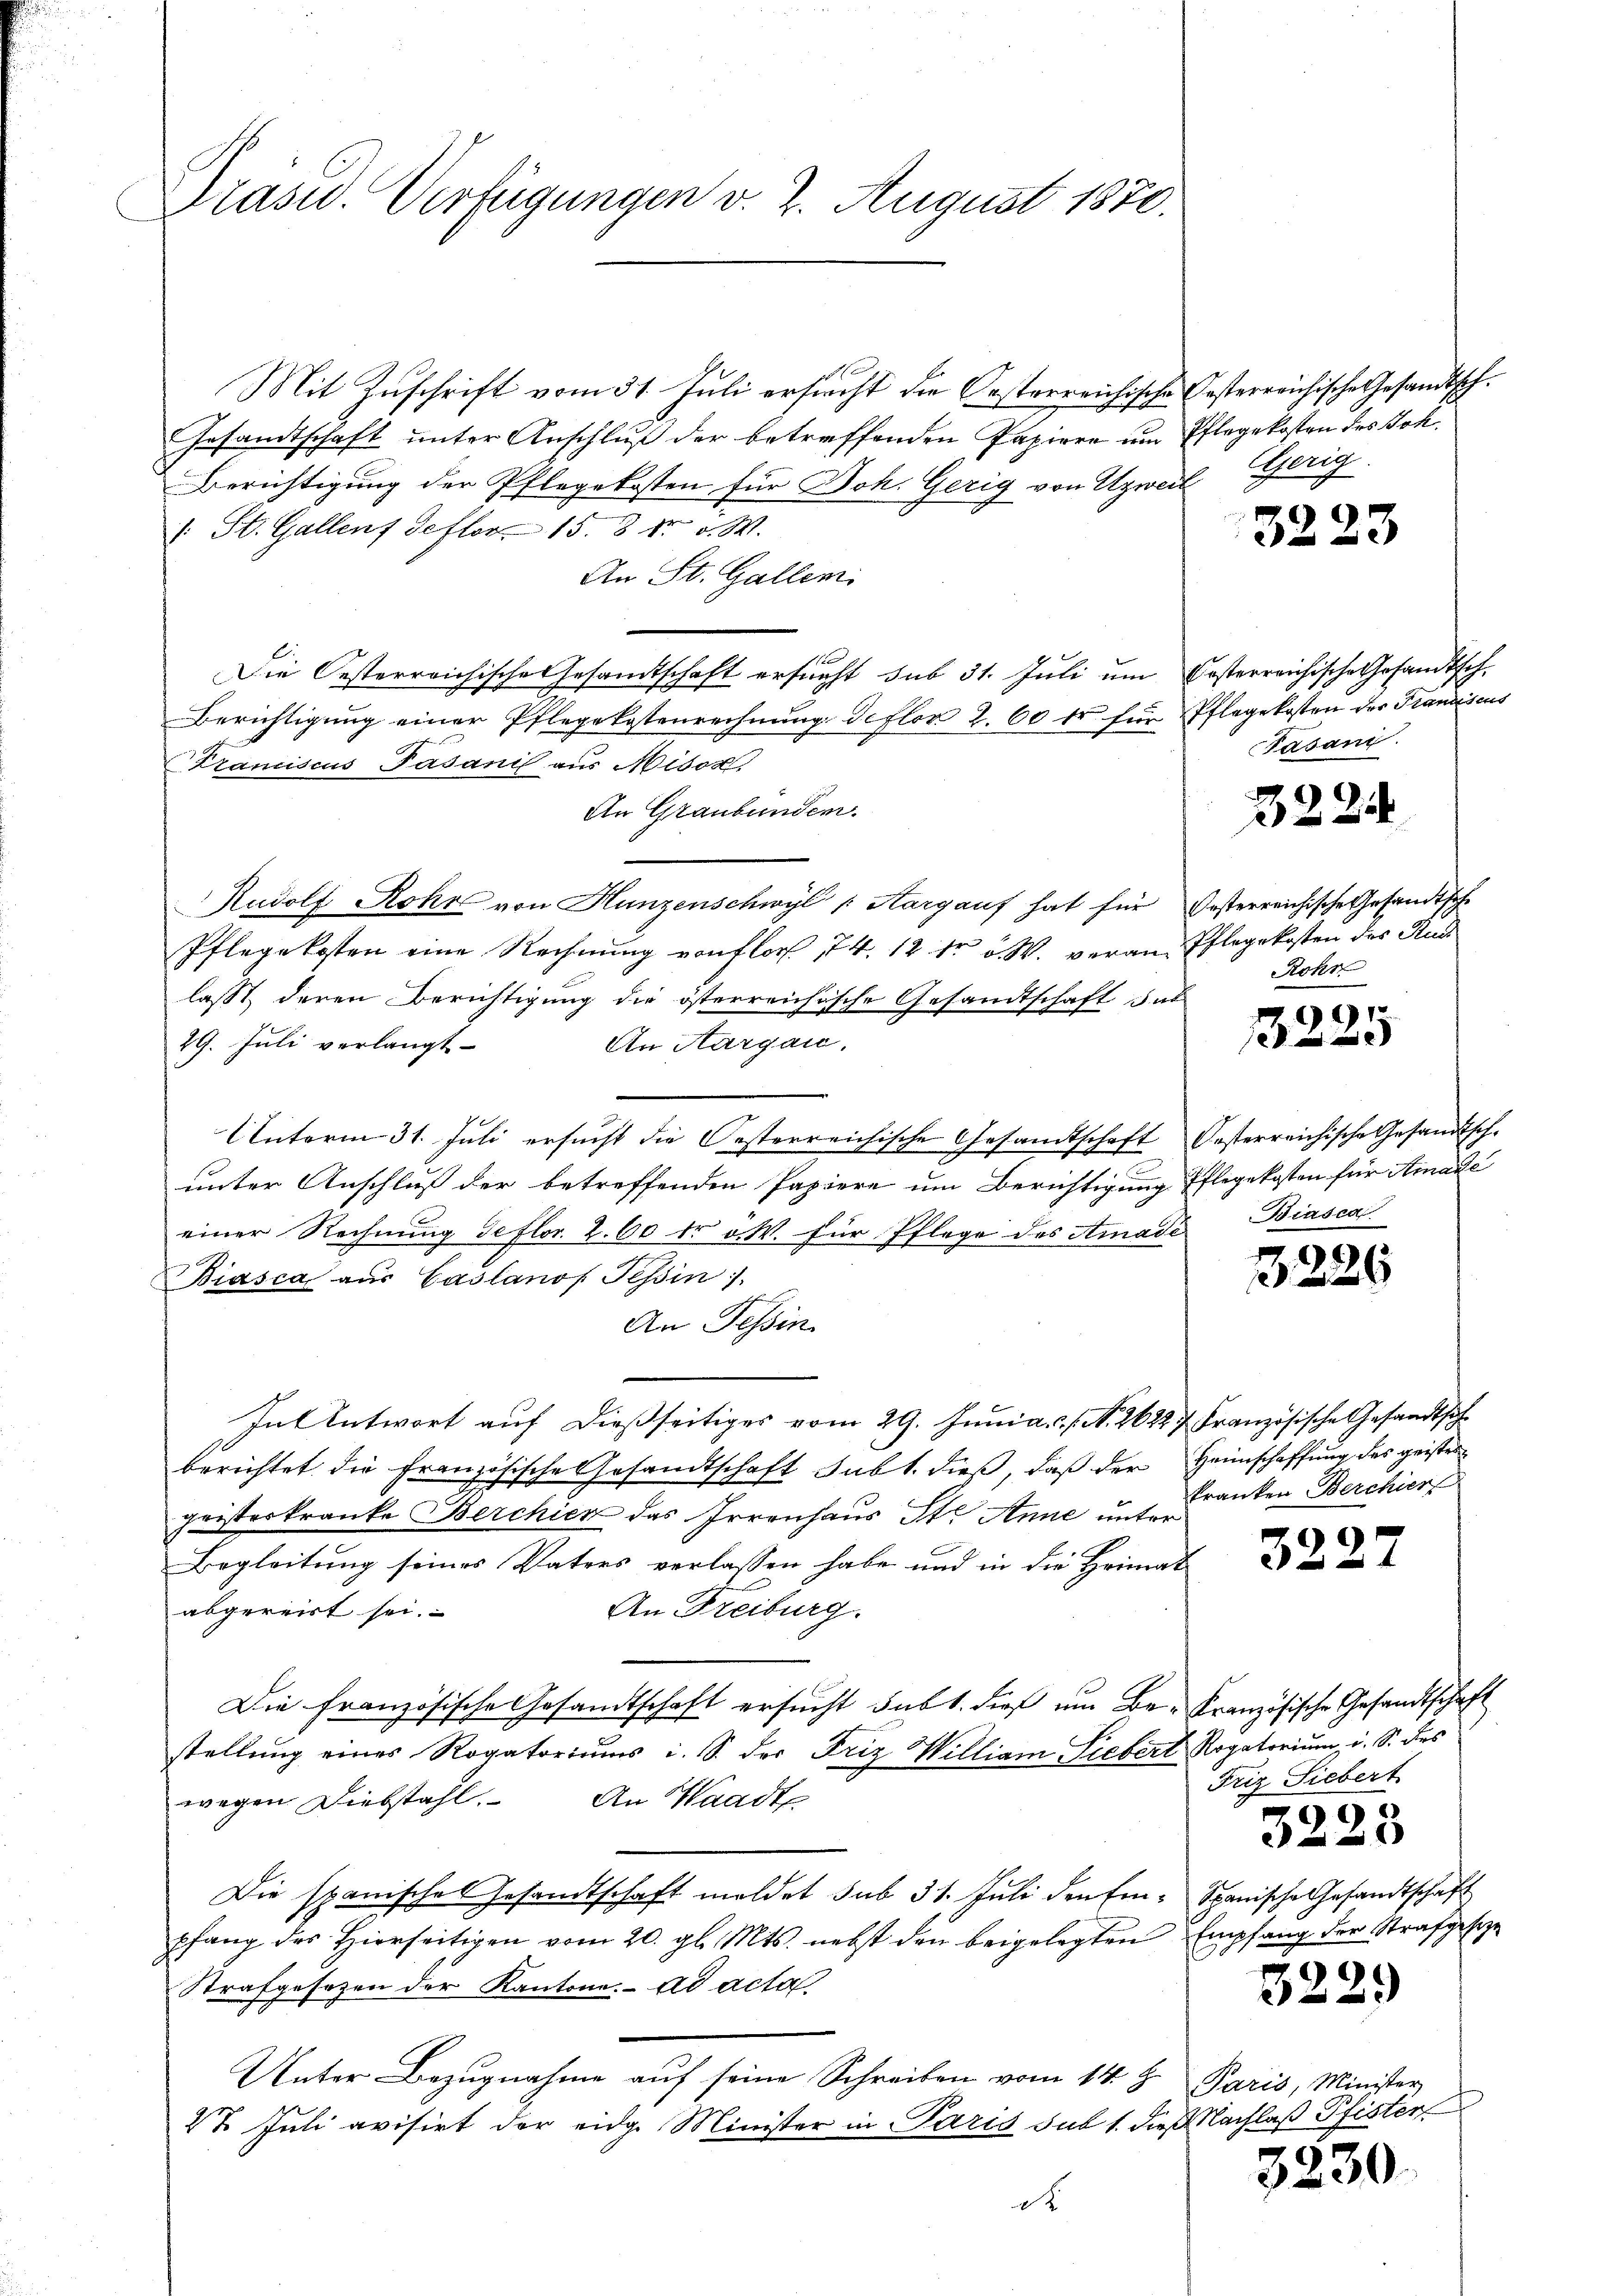
Präsid. Verfügungen v. 2. August 1870.

Mit Zuschrift vom 31. Juli ersucht die Oesterreichische Gesterreichische Gesandtsch¬
Gesandtschaft unter Anschluß der betreffenden Papiere um Ehlegekosten des Sok
Berichtigung der Pflegekosten für Joh. Gerig von Uzweil Gerig
1. St. Gallens deftor 15. 8 t v. M.
An St. Gallen.
Die Oesterreichische Gesandtschaft ersucht sub 31. Juli um kosterreichische Gesandtsch.
Berichtigung einer Pflegekostenrechnung deflor 2. 60 fr für Pflegekosten der Franciscus
Tramiscus Pasani aus Misox,
An Graubünden.
Rudolf Rohr von Hunzenschwyl Aargauf hat für Gesterreichische Gesandtsche
Pflegekosten eine Rechnung von flor 74. 12 fr v. W. veran-Pflegekosten des Rud
lasst, deren Berichtigung die österreichische Gesandtschaft das
29. Juli verlangt
An Aargau.
Unterm 31. Juli ersucht die Oesterreichische Gesandtschaft Oesterreichische Gesandtsch-
n
unter Anschluß der betreffenden Papiere um Berichtigung Pflegekosten für Amade
einer Rechnung deftor. 2. 60 fr v. W. für Pflege des Amadi
Biasca aus Gaslanos Tessin.
An Tessin
Intentwort auf dießseitiges vom 29. Junia. ./. N. 26227 Französische Gesandtschberichtet die Französische Gesandtschaft subt. dieß, daß der Heimschaffung des geister
geisterkranke Berchier das Irrenhaus St. Anne unter
Begleitung seines Vaters verlassen habe und in die Heimat
An Freiburg.
abgereist sei.
Die französische Gesandtschaft ersucht sub 1. dieß um Be- Französische Gesandtschaft
stellung eines Rogatoriums i. S. der Friz William Siebert Rogatorium i. S. des
wegen Diebstahl. An Waadt
Die spanische Gesandtschaft meldet sub 31. Juli den Ein- Spanische Gesandtschaft
pfang des hierseitigen vom 20. gl. Mts. nebst den beigelegten Empfang der Strafgeseze
Strafgesetzen der Kantone. ad acta
Unter Bezugnahme auf seine Schreiben vom 14. H. Paris, Minister
27 Juli avisirt der eidg. Minister in Paris sub 1. dieß Nachlaß Pfister
d

Fasan

Rohr

3223

3224

1225

Biasca

1226

kranken Berchier

9

Friz Siebert
3225

3229

3230.